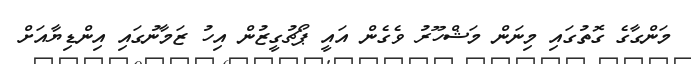
މަންގާގެ ގޮތުގައި މިނަން މަޝްހޫރު ވެގެން އައީ ޕޯޗުގީޒުން އިހު ޒަމާނުގައި އިންޑިޔާއަށް